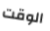
الوقت